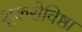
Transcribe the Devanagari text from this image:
शूकरोविष्ठा